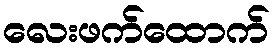
လေးဖက်ထောက်